Annual report of the Punjab Veterinary College and of the Civil Veterinary Department, Punjab - 1926-1932
Year: 1926
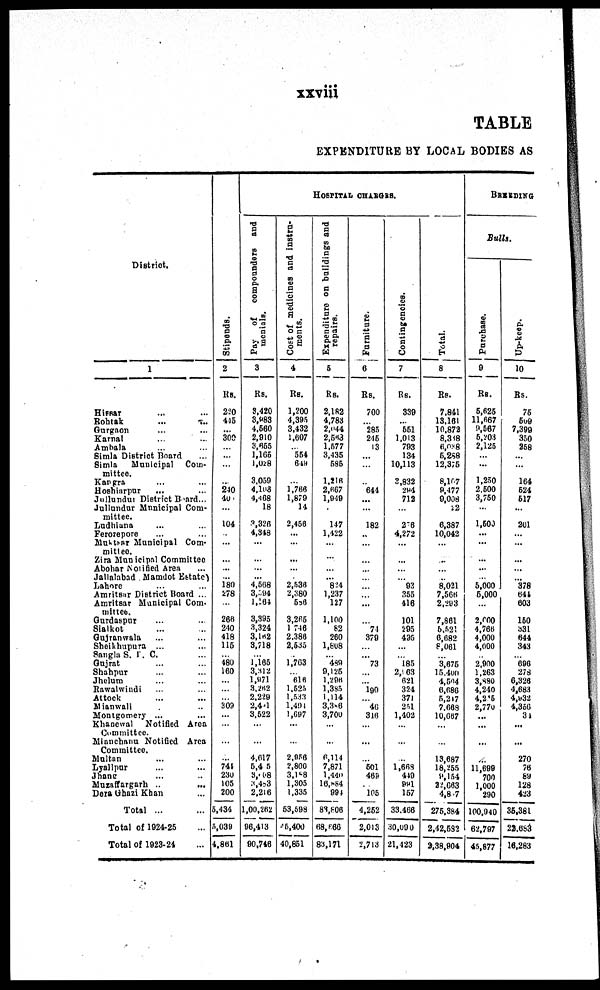
xxviii
TABLE
EXPENDITURE BY LOCAL BODIES AS
District.
1
Hissar ... ...
Rohtak
...
...
Gurgaon ... ...
Karnal ... ...
Ambala ... ...
Simla District Board ...
Simla
Municipal
Com-
mittee.
Kangra ... ...
Hoshiarpur ... ...
Jullundur District Board...
Jullundur Municipal Com-
mittee.
Ludhiana ... ...
Fero7epore ... ...
Muktsar Municipal Com-
mittee.
Zira Municipal Committee
Abohar Notified Area ...
Jallalabad Mamdot Estate
Lahore ... ...
Amritsar District Hoard ...
Amritsar Municipal Com-
mittee.
Gurdaspur ... ...
Sialkot ... ...
Gujranwala ... ...
Sheikhupura
... ...
Sangla S. I. C. ...
Gujrat ... ...
Shahpur ... ...
Jhelum ... ...
Rawalwindi ... ...
Attock ... ...
Mianwali ...
Montgomery ... ...
Khanewal
Notified Area
Committee.
Mianchanu Notified
Area
Committee.
Multan ... ...
Lyallpur ... ...
Jhang ... ...
Muzaffargarh ... ...
Dera Ghazi Khan ...
Total ...
Total of 1924-25 ...
Total of 1923-21 ...
St i
pends .
2
Rs.
220
415
... 300
...
...
...
... 240
407
...
104
...
...
...
...
... 180
278
...
266
240
418
115
... 480
160
...
...
... 309
...
...
...
... 744
230
105
200
5,434
5,030
4,861
Pay of compounders and
menials.
3
Rs.
3,420
3,983
4,560
2,910
3,655
1,165
1,078
3,050
4,108
4,468
18
3,326
4,343
...
...
...
... 4,508
3,594
1,104
3,395
3,324
3,162
3,718
... 1,165
3,312
1,971
3,262
2,229
2,401
3,522
...
...
4,017
6,4 5
3,068
3,483
2,216
1,00,262
06,413
90,746
Cost of m e d i c i n e s a n d i nst r u-
ments.
4
Rs.
1,200
4,395
3,432
1,007
... 554
649
... 1,766
1,879
14
2,456
...
...
...
...
... 2,536
2,380
536
3,265
1,746
2.386
2,535
... 1,703
... 616
1.525
1,533
1,491
1,097
...
...
2,056
2,800
3,188
1,305
1,335
53,598
15,400
40,851
HOSPITAL CHARGES
Expenditure on buildings and
repairs.
5
Rs.
2,182
4,783
2,044
2,6<t3
1,577
3,435
585
1,216
2,667
1,949
...
147
1,422
...
...
...
...
824
1,237
127
1,100
82
260
1,808
... 489
9,125
1,296
1,385
1,114
3,306
3,700
...
...
0,114
7,871
1,440
16,884
994
88,808
68,666
83,171
Furniture.
6
Rs.
700
... 285
216
13
...
...
... 644
...
...
182
...
...
...
...
...
...
...
...
...
74
370
...
... 73
...
...
190
... 46
316
...
...
501
469
105
4,262
2,013
2,713
Contingencies.
7
Rs.
330
... 551
1,013
793
134
10,113
3,832
294
712
...
2"6
4,272
...
...
...
... 93
355
416
101
205
435
...
... 185
2,163
621
324
371
251
1,402
...
...
1,668
440
991
157
33.466
30,090
21,423
Tot al .
8
Rs.
7,841
13,161
10,872
8,318
6,038
5,288
12,375
8,107
0,477
0,008
i2
6,387
10,042
...
...
...
... 8,021
7,566
2,293
7,861
5,521
6,682
8,061
...
3,675
15,400
4,504
6,686
5,217
7.668
10,667
...
...
13,687
18,255
9,154
22,063
4,8 7
275,384
2,42,582
3,38,904
BREEDING
Bulls.
Purchase.
0
Rs.
5,625
11,667
0,567
6,203
2,125
...
...
1,250
2.600
3,750
...
1,500
...
...
...
...
... 5,000
5,000
...
2,000
4,766
4,000
4,000
...
2,900
1,263
3,880
4,240
4,255
2,770
...
...
...
11,690
700
1,000
290
100,940
62,707
45,877
Up-keep.
10
Rs.
75
509
7,399
350
258
...
...
164
624
617
...
201
...
...
...
... "378
644
603
150
331
644
343
... 696
278
6,326
4,683
4,932
4,356
31
...
...
270
76
89
128
423
36,381
22,653
16,283